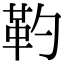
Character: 靮